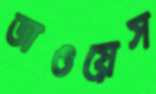
ডাওয়েস